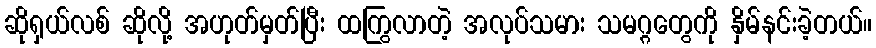
ဆိုရှယ်လစ် ဆိုလို့ အဟုတ်မှတ်ပြီး ထကြွလာတဲ့ အလုပ်သမား သမဂ္ဂတွေကို နှိမ်နင်းခဲ့တယ်။